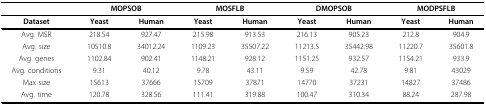
<table><thead><tr><td></td><td colspan="2"><b>MOPSOB</b></td><td colspan="2"><b>MOSFLB</b></td><td colspan="2"><b>DMOPSOB</b></td><td colspan="2"><b>MODPSFLB</b></td></tr></thead><tbody><tr><td><b>Dataset</b></td><td><b>Yeast</b></td><td><b>Human</b></td><td><b>Yeast</b></td><td><b>Human</b></td><td><b>Yeast</b></td><td><b>Human</b></td><td><b>Yeast</b></td><td><b>Human</b></td></tr><tr><td>Avg. MSR</td><td>218.54</td><td>927.47</td><td>215.98</td><td>913.53</td><td>216.13</td><td>905.23</td><td>212.8</td><td>904.9</td></tr><tr><td>Avg. size</td><td>10510.8</td><td>34012.24</td><td>1109.23</td><td>35507.22</td><td>11213.5</td><td>35442.98</td><td>11220.7</td><td>35601.8</td></tr><tr><td>Avg. genes</td><td>1102.84</td><td>902.41</td><td>1148.21</td><td>928.12</td><td>1151.25</td><td>932.57</td><td>1154.21</td><td>933.9</td></tr><tr><td>Avg. conditions</td><td>9.31</td><td>40.12</td><td>9.78</td><td>43.11</td><td>9.59</td><td>42.78</td><td>9.81</td><td>43029</td></tr><tr><td>Max size</td><td>15613</td><td>37666</td><td>15709</td><td>37871</td><td>14770</td><td>37231</td><td>14827</td><td>37486</td></tr><tr><td>Avg. time</td><td>120.78</td><td>328.56</td><td>111.41</td><td>319.88</td><td>100.47</td><td>310.34</td><td>88.24</td><td>287.98</td></tr></tbody></table>